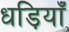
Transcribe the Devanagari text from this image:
धड़ियाँ